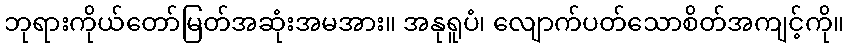
ဘုရားကိုယ်တော်မြတ်အဆုံးအမအား။ အနုရူပံ၊ လျောက်ပတ်သောစိတ်အကျင့်ကို။